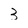
Character: 3